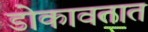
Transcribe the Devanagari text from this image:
डोकावतात